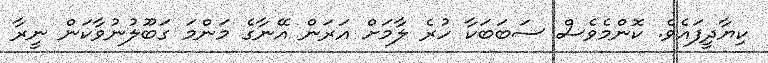
ކިޔާދީފައެވެ. ކޮންމެވެސް ސަބަބަކާ ހުރެ ލާމަށް އަރަން އޭނާގެ މަންމަ ގަބޫލުނުވާކަން ނީރާ